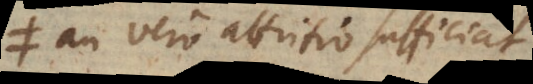
an vero attritio sufficiat;